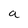
Character: a